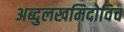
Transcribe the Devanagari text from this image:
अब्दुलखमिदोविच